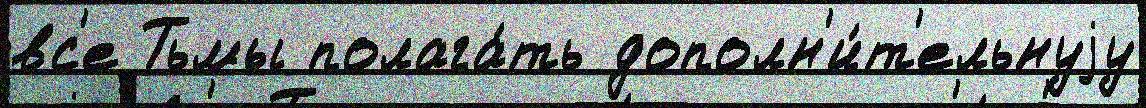
вс'е Тьмы полага́ть дополн'и́т'ельнуjу